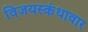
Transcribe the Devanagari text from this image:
विजयस्कंधावार